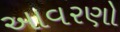
આવરણો